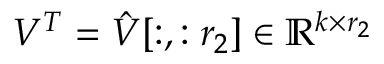
V ^ { T } = \hat { V } [ : , : r _ { 2 } ] \in \mathbb { R } ^ { k \times r _ { 2 } }